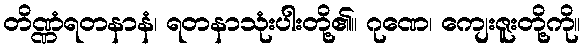
တိဏ္ဏံရတနာနံ၊ ရတနာသုံးပါးတို့၏။ ဂုဏေ၊ ကျေးဇူးတို့ကို။